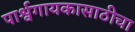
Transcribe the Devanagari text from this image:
पार्श्वगायकासाठीचा